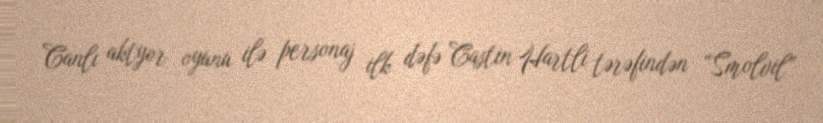
Canlı aktyor oyunu ilə personaj ilk dəfə Castin Hartli tərəfindən “Smolvil”